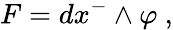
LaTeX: F=dx^{-}\wedge\varphi~,